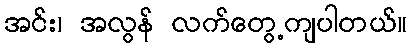
အင်း၊ အလွန် လက်တွေ့ကျပါတယ်။